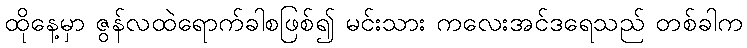
ထိုနေ့မှာ ဇွန်လထဲရောက်ခါစဖြစ်၍ မင်းသား ကလေးအင်ဒရေသည် တစ်ခါက